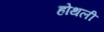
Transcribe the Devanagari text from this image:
होथली